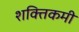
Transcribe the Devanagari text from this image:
शक्तिकमी